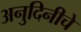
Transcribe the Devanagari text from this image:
अनुदिनीचे